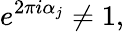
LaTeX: e^{2\pi i\alpha_{j}}\neq 1,